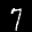
Label: 7